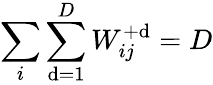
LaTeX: \sum_{i}\sum_{\mathrm{d}=1}^{D}W_{ij}^{+\mathrm{d}}=D